system: You are a helpful assistant.
user:
Analyze the provided spectrum to determine if it is a **S-type Star**.

- **Key Indicators for S-type Star:**

    - **(Overall Spectrum Shape):** The first and most obvious characteristic is the overall continuum (the "baseline" shape). It is **extremely "red-sloping,"** meaning the flux (light intensity) is very low on the left side (blue, ~4000-4500 Å) and rises steeply and continuously toward the right side (red, ~7000 Å+).

    - **(Primary):** The spectrum is defined by the presence of strong, broad molecular absorption "valleys" (bands) from **Zirconium Oxide (ZrO)**. The identification of these bands is the **primary requirement** for classifying a star as S-type.
        - **(Key Bandheads):** You must find distinct, deep "dips" where the light has been absorbed. The most critical band systems to locate are:
            - **~6474 Å** ($\gamma$-system): This is often the strongest and clearest ZrO feature, found in the red part of the spectrum.
            - **~5718 Å** & **~5551 Å** ($\beta$-system): A pair of prominent absorption features in the yellow-orange part of the spectrum.
            - **~4640 Å** ($\alpha$-system): A key absorption band system in the blue-green region of the spectrum.

    - **(Secondary Confirmation):** The classification is strengthened by finding additional absorption bands from other related heavy element oxides, which are expected to be present alongside ZrO.
        - **(Key Bandheads):**
            - **Yttrium Oxide (YO):** Look for absorption dips near **~4800 Å** and **~6100 Å**.
            - **Lanthanum Oxide (LaO):** Additional absorption features, particularly in the red-orange part of the spectrum, are also characteristic.

    - **(Line Profile):** The combination of the steep red continuum and these numerous, deep molecular bands (ZrO, YO, etc.) gives the entire spectrum a very **"chopped-up"** or **"bumpy"** appearance. Instead of a smooth curve, the spectrum looks as though large, wide chunks of light have been "carved out" of it at the specific wavelengths listed above.

Think first, call **spectral_visualization_tool** if needed to examine features in detail, then provide your final answer. Your response must adhere to the following strict rules:
1.  **Overall Structure:** Your response must follow the format `<think>...</think> <tool_call>...</tool_call> (if a tool is used) <answer>...</answer>`.
2.  **Tool Usage Constraint:** You may only make **one** tool call per turn.
3.  **Final Answer Format:** In the `<answer>` tag, your conclusion must be inside a `\boxed{}` command (e.g., `\boxed{YES}` or `\boxed{NO}`), followed by your justification.

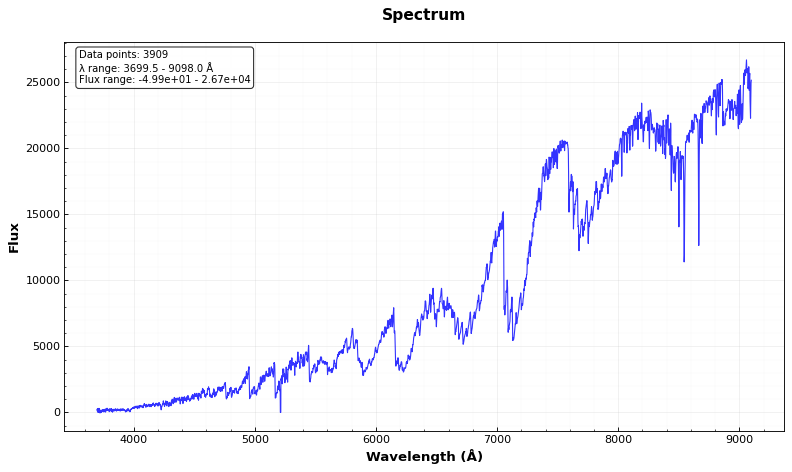
Answer: YES